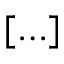
[ \ldots ]